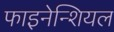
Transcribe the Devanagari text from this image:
फाइनेन्शियल